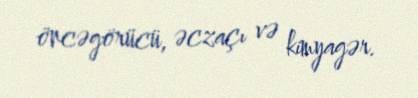
öncəgörücü, əczaçı və kimyagər.